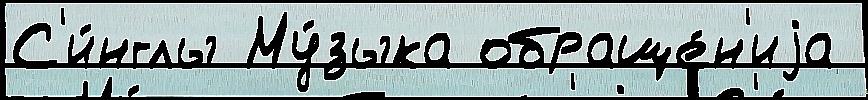
С'и́нглы Му́зыка обраще́н'иjа